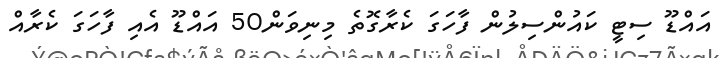
އައްޑޫ ސިޓީ ކައުންސިލުން ފާހަގަ ކެރާގޮތެ މިނިވަން50 އައްޑޫ އެއި ފާހަގަ ކެރާއް